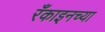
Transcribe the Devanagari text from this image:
रँकाइनच्या